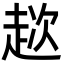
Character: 趑